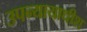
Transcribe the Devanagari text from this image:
उपन्यायाधीश